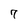
Character: 7